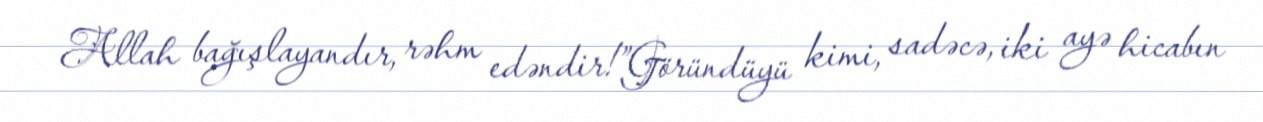
Allah bağışlayandır, rəhm edəndir!”Göründüyü kimi, sadəcə, iki ayə hicabın